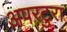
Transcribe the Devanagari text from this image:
अपरटुरा